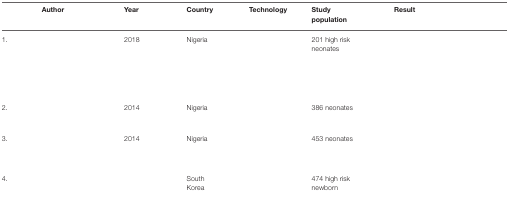
<table><thead><tr><td>[EMPTY_CELL]</td><td><b>Author</b></td><td><b>Year</b></td><td><b>Country</b></td><td><b>Technology</b></td><td><b>Study population</b></td><td><b>Result</b></td></tr></thead><tbody><tr><td>1.</td><td>[EMPTY_CELL]</td><td>2018</td><td>Nigeria</td><td>[EMPTY_CELL]</td><td>201 high risk neonates</td><td>[EMPTY_CELL]</td></tr><tr><td>2.</td><td>[EMPTY_CELL]</td><td>2014</td><td>Nigeria</td><td>[EMPTY_CELL]</td><td>386 neonates</td><td>[EMPTY_CELL]</td></tr><tr><td>3.</td><td>[EMPTY_CELL]</td><td>2014</td><td>Nigeria</td><td>[EMPTY_CELL]</td><td>453 neonates</td><td>[EMPTY_CELL]</td></tr><tr><td>4.</td><td>[EMPTY_CELL]</td><td>[EMPTY_CELL]</td><td>South Korea</td><td>[EMPTY_CELL]</td><td>474 high risk newborn</td><td>[EMPTY_CELL]</td></tr></tbody></table>